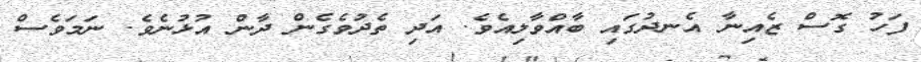
ފަހު ގޮސް ޒެއިނާ އެނދުގައި ބާއްވާލިއެވެ. އަދި ތެދުވެގެން ދާން އުޅުނެވެ. ނަމަވެސް